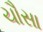
ચૌસા